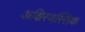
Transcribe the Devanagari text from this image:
अक्षिस्वस्तिक